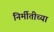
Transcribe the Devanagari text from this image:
निर्मीतीच्या